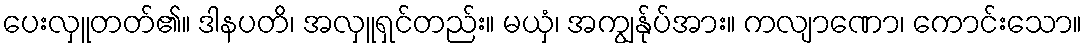
ပေးလှူတတ်၏။ ဒါနပတိ၊ အလှူရှင်တည်း။ မယှံ၊ အကျွန်ုပ်အား။ ကလျာဏော၊ ကောင်းသော။